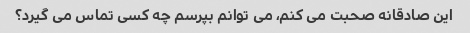
این صادقانه صحبت می کنم، می توانم بپرسم چه کسی تماس می گیرد؟